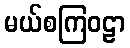
မယ်စကြဝဠာ